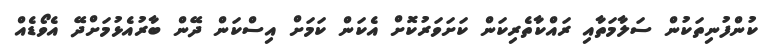
ކުންފުނިތަކުން ސަލާމަތާއި ރައްކާތެރިކަން ކަށަވަރުކޮށް އެކަން ކަމަށް އިސްކަން ދޭން ބާރުއެޅުމަށްދޭ އެވޯޑެއް